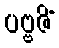
ပဗ္ဗဇိံ